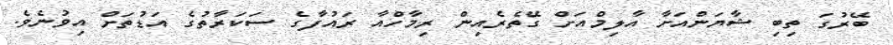
ބޭރުގަ ތިބި ޝާޔަންއަށާ އާލިމްއަށް ގޭތެރެއިން ރިމާހްއާ ރައުފާގެ ސަކަރާތުގެ އަޑުތަށް އިވުނެވެ.